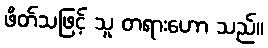
ဖိတ်သဖြင့် သူ တရားဟော သည်။